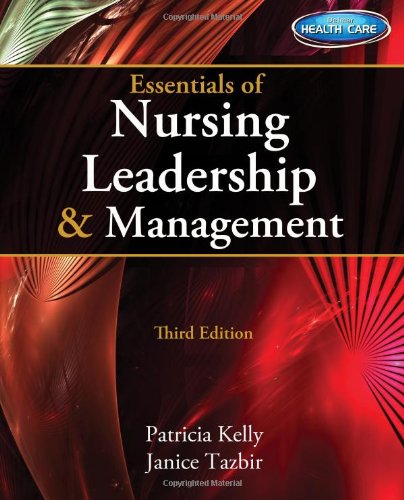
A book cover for Essentials of Nursing Leadership & Management (with Premium Web Site Printed Access Card); Patricia Kelly; Medical Books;